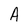
Character: A